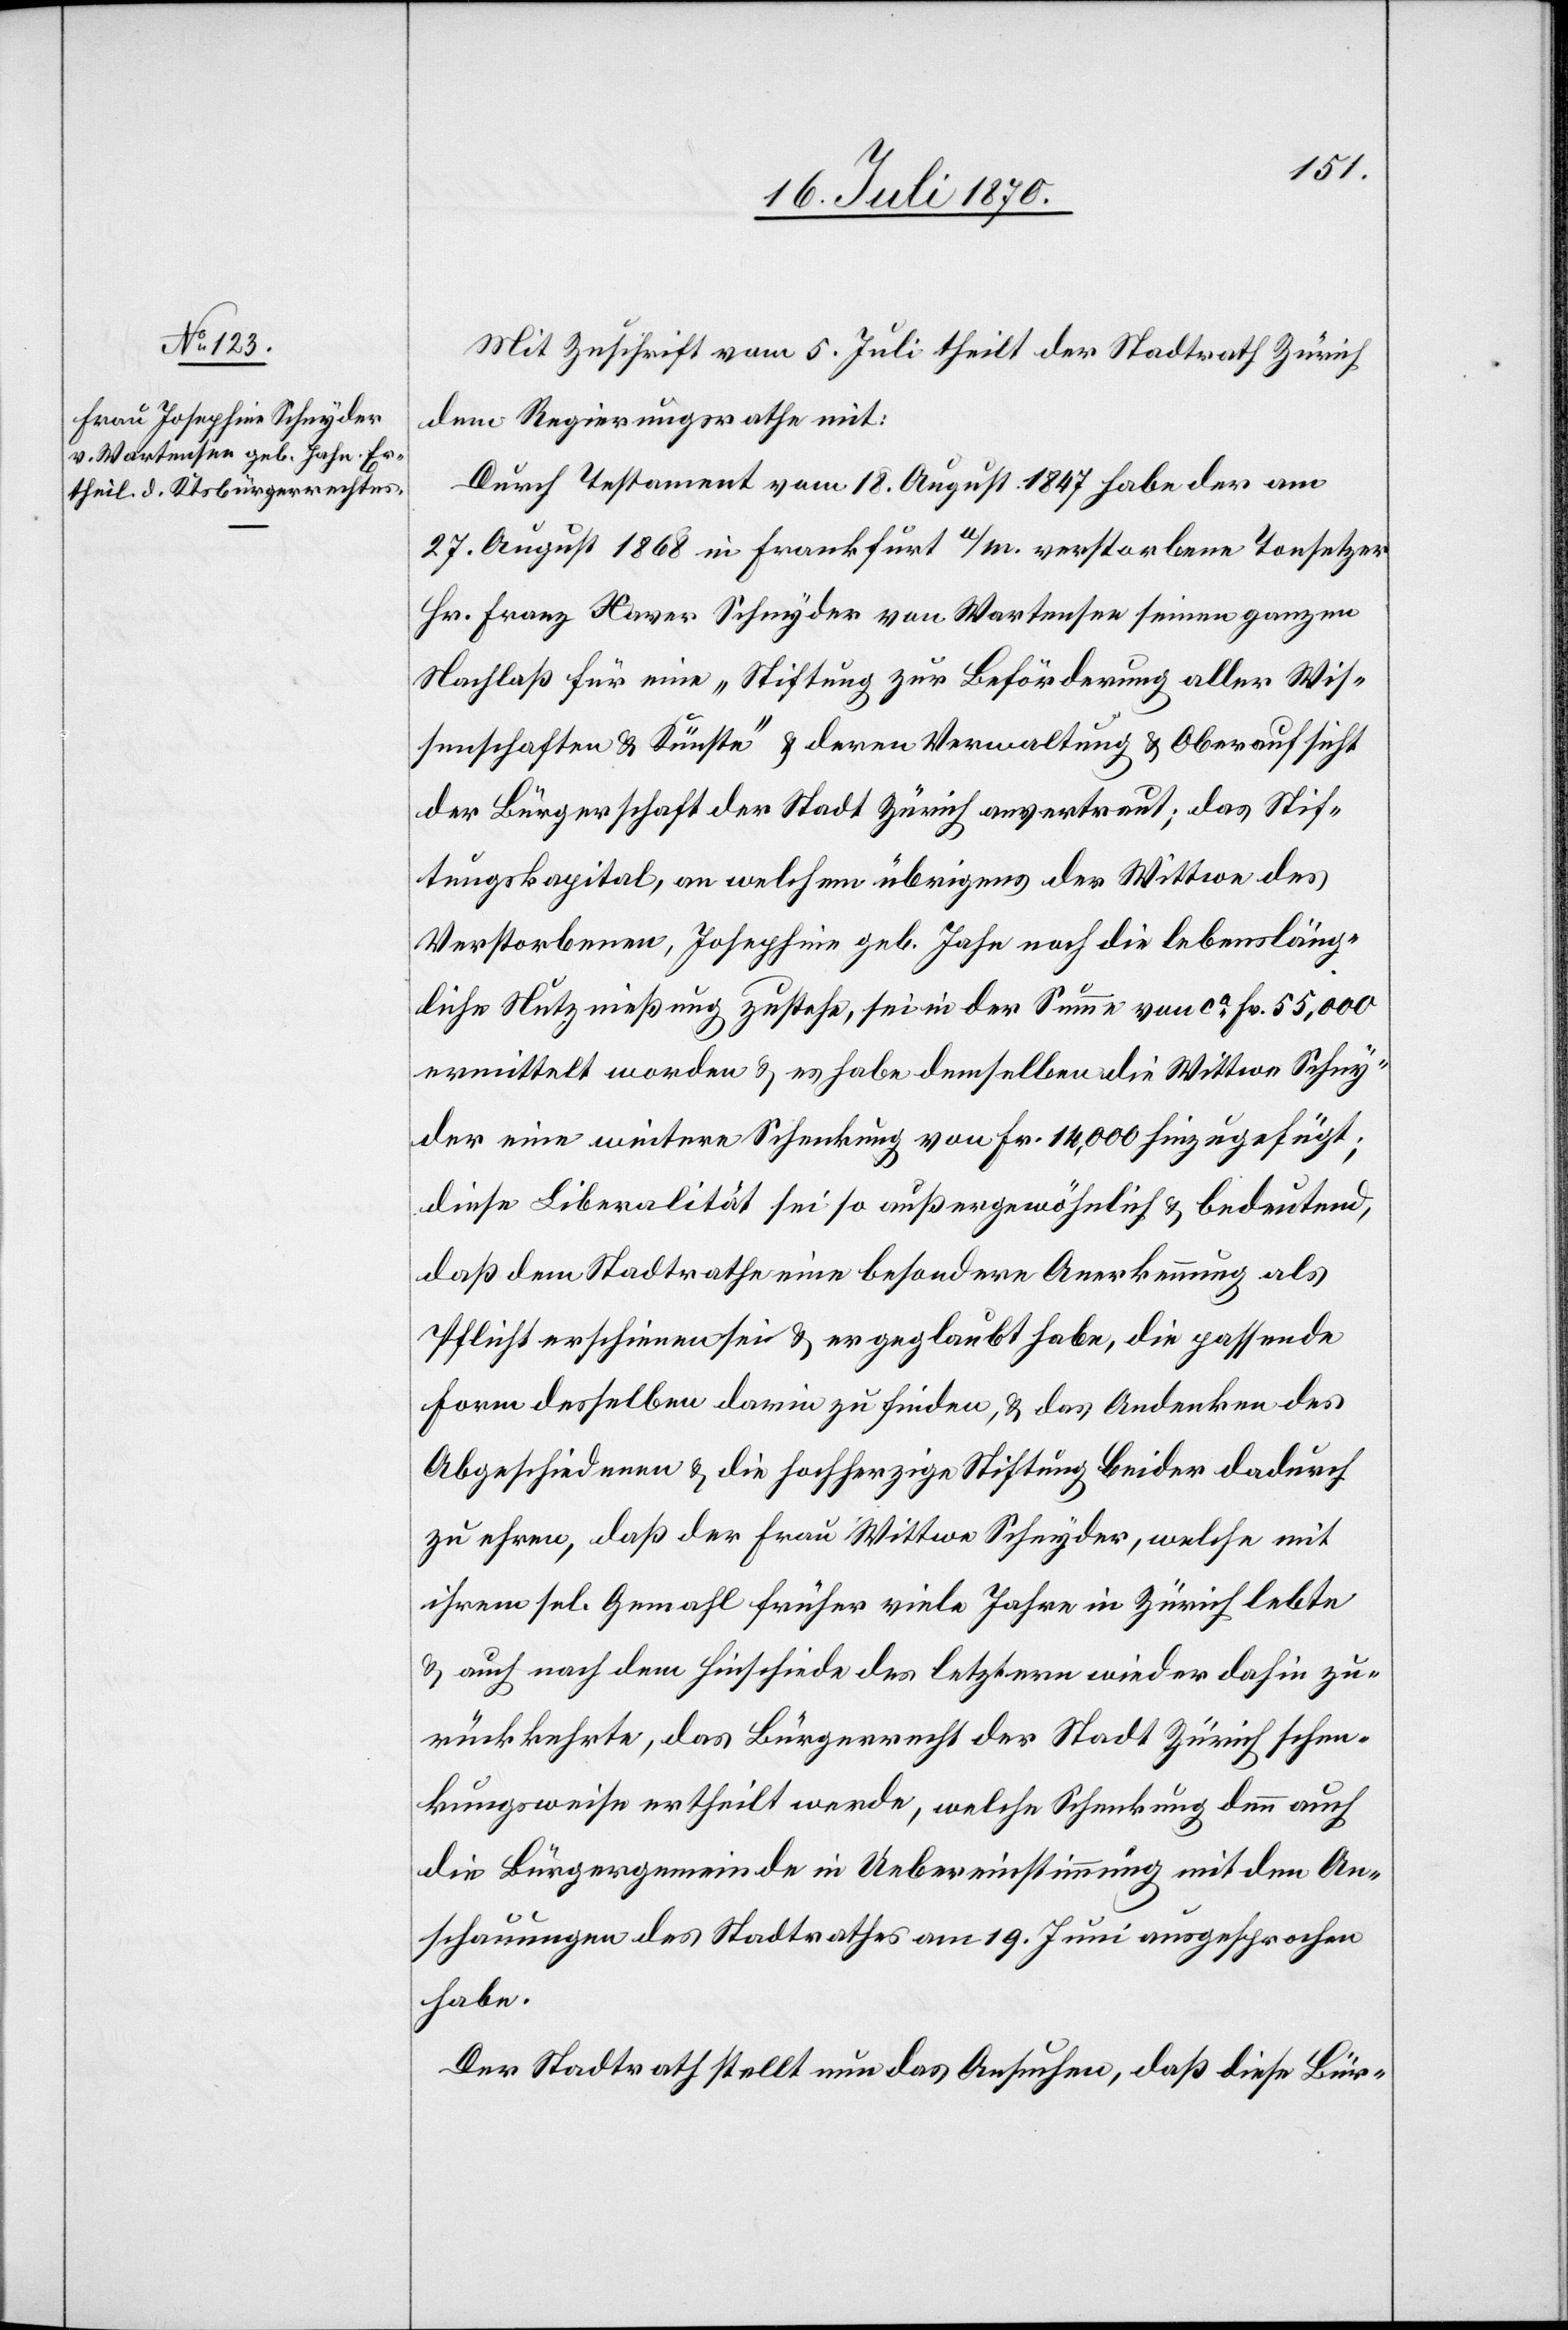
Mit Zuschrift vom 5. Juli theilt der Stadtrath Zürich
dem Regierungsrathe mit:
Durch Testament vom 18. August 1847 habe der am
27. August 1868 in Frankfurt a/m [sic!] verstorbene Tonsetzer
Hr. Franz Xaver Schnyder von Wartensee seinen ganzen
Nachlaß für eine „Stiftung zur Beförderung aller Wis¬
senschaften & Künste“ & deren Verwaltung & Oberaufsicht
der Bürgerschaft der Stadt Zürich anvertraut; das Stif¬
tungskapital, an welchem übrigens der Wittwe des
Verstorbenen, Josephine geb. Jahn noch die lebensläng¬
liche Nutznießung zustehe, sei in der Summe von ca Fr. 55,000
ermittelt worden & es habe demselben die Wittwe Schny¬
der eine weitere Schenkung von Fr. 14,000 hinzugefügt;
diese Liberalität sei so außergewöhnlich & bedeutend,
daß dem Stadtrathe eine besondere Anerkennung als
Pflicht erschienen sei & er geglaubt habe, die passende
Form desselben darin zu finden, & das Andenken des
Abgeschiedenen & die hochherzige Stiftung beider dadurch
zu ehren, daß der Frau Wittwe Schnyder, welche mit
ihrem sel. Gemahl früher viele Jahre in Zürich lebte
& auch nach dem Hinschiede des letztern wieder dahin zu¬
rückkehrte, das Bürgerrecht der Stadt Zürich schen¬
kungsweise ertheilt werde, welche Schenkung denn auch
die Bürgergemeinde in Uebereinstimmung mit den An¬
schauungen des Stadtrathes am 19. Juni ausgesprochen
habe.
Der Stadtrath stellt nun das Ansuchen, daß diese Bür-